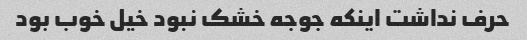
حرف نداشت اینکه جوجه خشک نبود خیل خوب بود